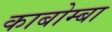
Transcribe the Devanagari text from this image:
काबोम्बा